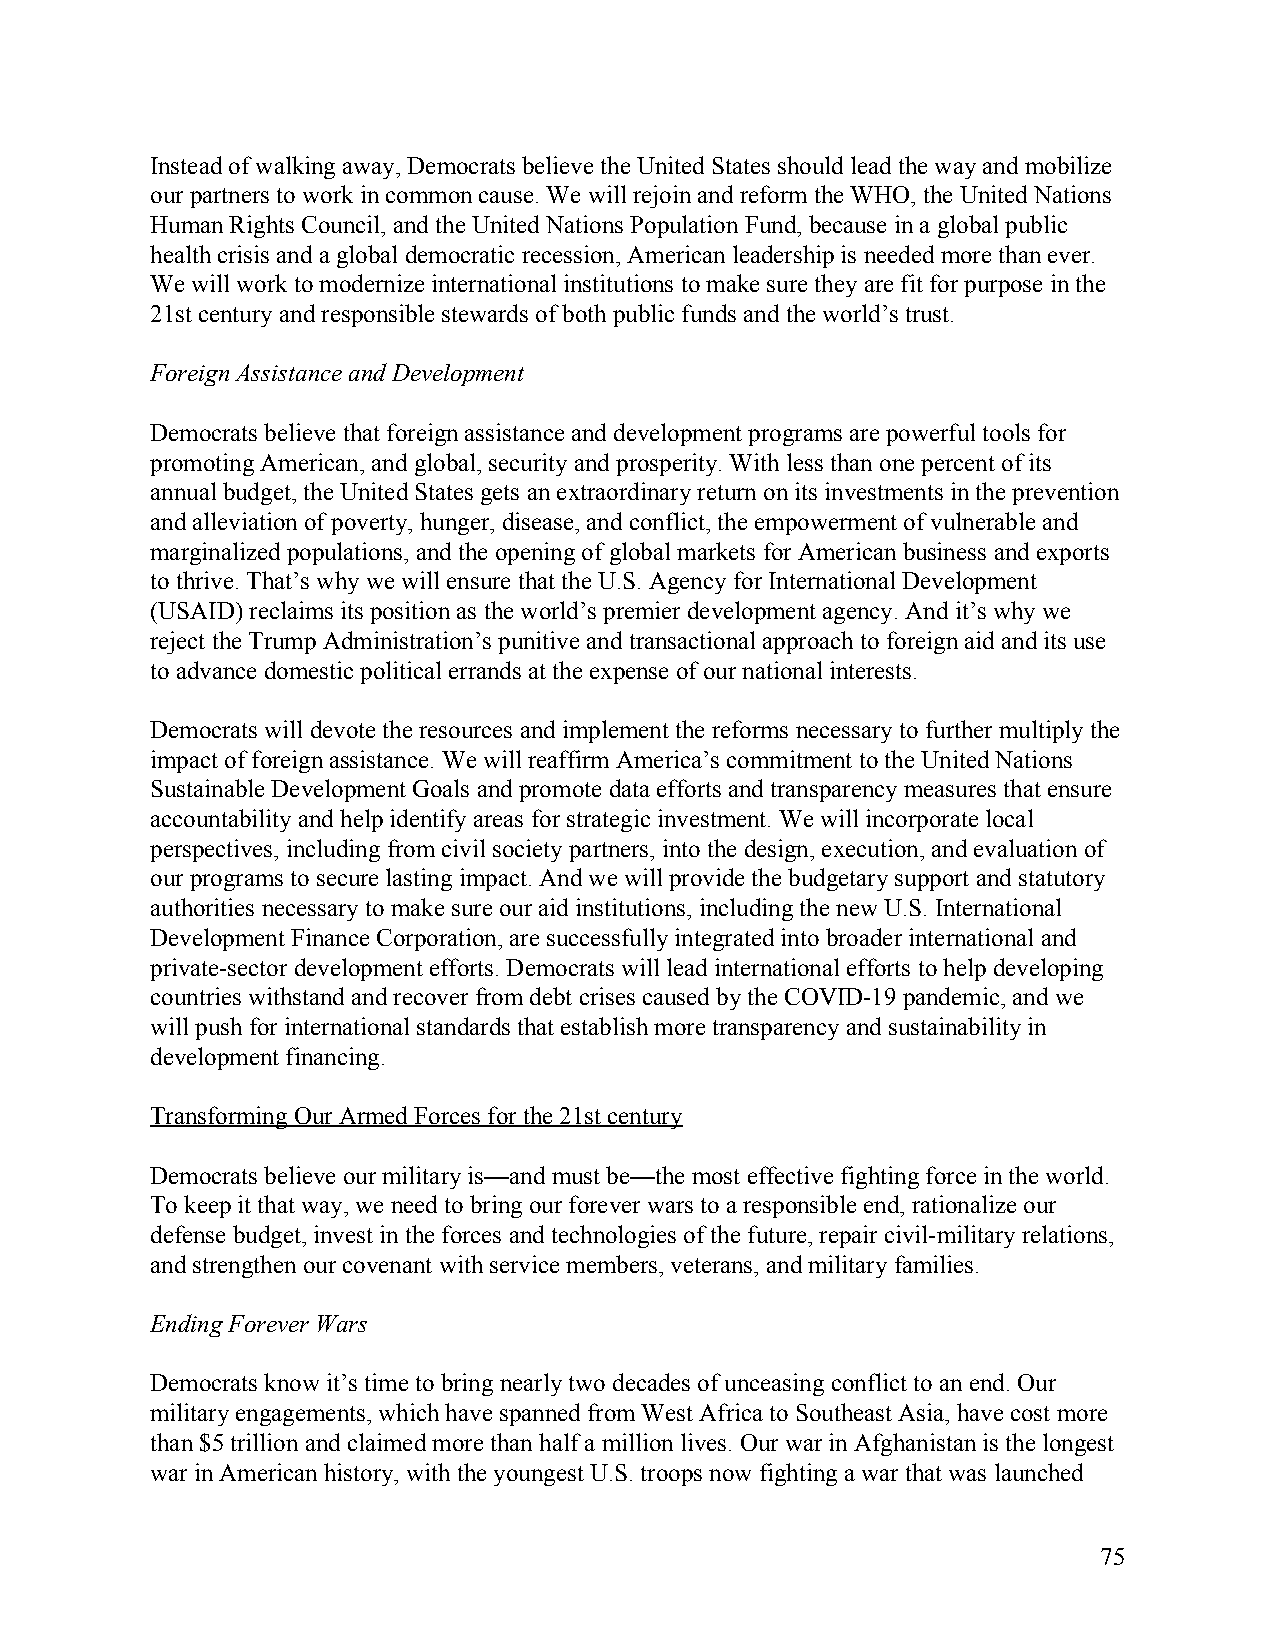
Instead of walking away, Democrats believe the United States should lead the way and mobilize
 our partners to work in common cause. We will rejoin and reform the WHO, the United Nations
 Human Rights Council, and the United Nations Population Fund, because in a global public
 health crisis and a global democratic recession, American leadership is needed more than ever.
 We will work to modernize international institutions to make sure they are fit for purpose in the
 21st century and responsible stewards of both public funds and the world’s trust.
 Foreign Assistance and Development
 Democrats believe that foreign assistance and development programs are powerful tools for
 promoting American, and global, security and prosperity. With less than one percent of its
 annual budget, the United States gets an extraordinary return on its investments in the prevention
 and alleviation of poverty, hunger, disease, and conflict, the empowerment of vulnerable and
 marginalized populations, and the opening of global markets for American business and exports
 to thrive. That’s why we will ensure that the U.S. Agency for International Development
 (USAID) reclaims its position as the world’s premier development agency. And it’s why we
 reject the Trump Administration’s punitive and transactional approach to foreign aid and its use
 to advance domestic political errands at the expense of our national interests.
 Democrats will devote the resources and implement the reforms necessary to further multiply the
 impact of foreign assistance. We will reaffirm America’s commitment to the United Nations
 Sustainable Development Goals and promote data efforts and transparency measures that ensure
 accountability and help identify areas for strategic investment. We will incorporate local
 perspectives, including from civil society partners, into the design, execution, and evaluation of
 our programs to secure lasting impact. And we will provide the budgetary support and statutory
 authorities necessary to make sure our aid institutions, including the new U.S. International
 Development Finance Corporation, are successfully integrated into broader international and
 private-sector development efforts. Democrats will lead international efforts to help developing
 countries withstand and recover from debt crises caused by the COVID-19 pandemic, and we
 will push for international standards that establish more transparency and sustainability in
 development financing.
 Transforming Our Armed Forces for the 21st century
 Democrats believe our military is—and must be—the most effective fighting force in the world.
 To keep it that way, we need to bring our forever wars to a responsible end, rationalize our
 defense budget, invest in the forces and technologies of the future, repair civil-military relations,
 and strengthen our covenant with service members, veterans, and military families.
 Ending Forever Wars
 Democrats know it’s time to bring nearly two decades of unceasing conflict to an end. Our
 military engagements, which have spanned from West Africa to Southeast Asia, have cost more
 than $5 trillion and claimed more than half a million lives. Our war in Afghanistan is the longest
 war in American history, with the youngest U.S. troops now fighting a war that was launched
 75